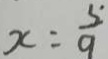
x = \frac { 5 } { 9 }